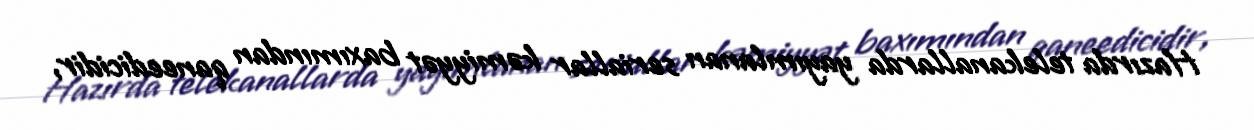
Hazırda telekanallarda yayımlanan seriallar kəmiyyət baxımından qaneedicidir,